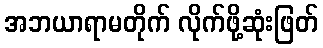
အဘယာရာမတိုက် လိုက်ဖို့ဆုံးဖြတ်